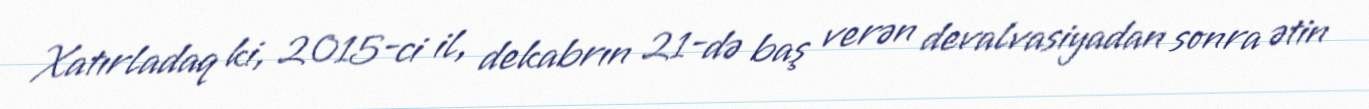
Xatırladaq ki, 2015-ci il, dekabrın 21-də baş verən devalvasiyadan sonra ətin